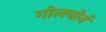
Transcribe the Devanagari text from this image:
गोलबोर्न